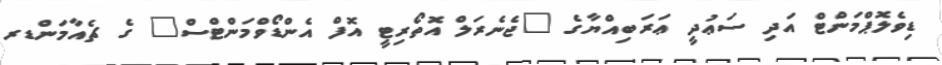
ޑިވެލޮޕްމަންޓް އަދި ސަޢުދީ ޢަރަބިއްޔާގެ "ޖެނެރަލް އޮތޯރިޓީ އޮފް އެންޑޯވްމަންޓްސް" ގެ ޗެއާމަންޑރ